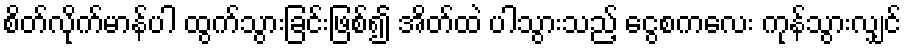
စိတ်လိုက်မာန်ပါ ထွက်သွားခြင်းဖြစ်၍ အိတ်ထဲ ပါသွားသည့် ငွေစကလေး ကုန်သွားလျှင်